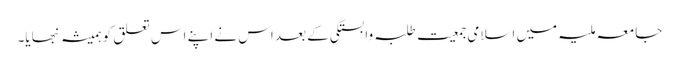
جامعہ ملیہ میں اسلامی جمعیت طلبہ وابستگی کے بعد اس نے اپنے اس تعلق کو ہمیشہ نبھایا۔